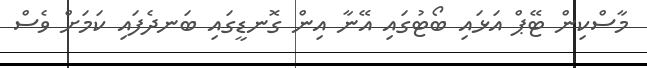
މާސްކިން ޓޭޕް އަޅައި ބޯޓުގައި އޭނާ އިން ގޮނޑީގައި ބަނދެފައި ކަމަށް ވެސް